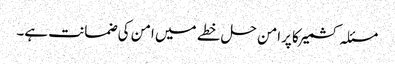
مسئلہ کشمیرکا پرامن حل خطے میں امن کی ضمانت ہے۔